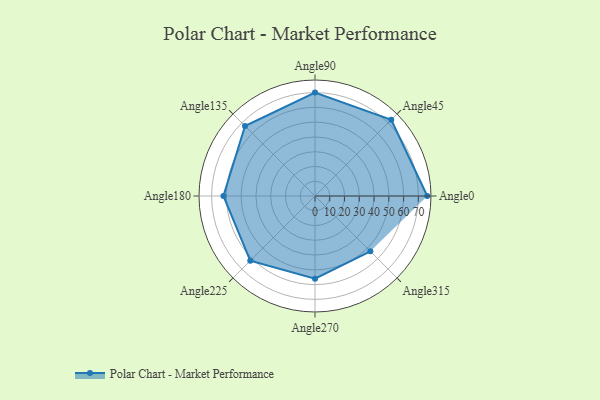
{"axis": {"x": "Angle", "y": "Radius"}, "legend": [""], "data": [{"x": "Angle0", "y": 76.0, "type": ""}, {"x": "Angle45", "y": 73.0, "type": ""}, {"x": "Angle90", "y": 70.0, "type": ""}, {"x": "Angle135", "y": 67.0, "type": ""}, {"x": "Angle180", "y": 62.0, "type": ""}, {"x": "Angle225", "y": 62.0, "type": ""}, {"x": "Angle270", "y": 56.0, "type": ""}, {"x": "Angle315", "y": 53.0, "type": ""}]}